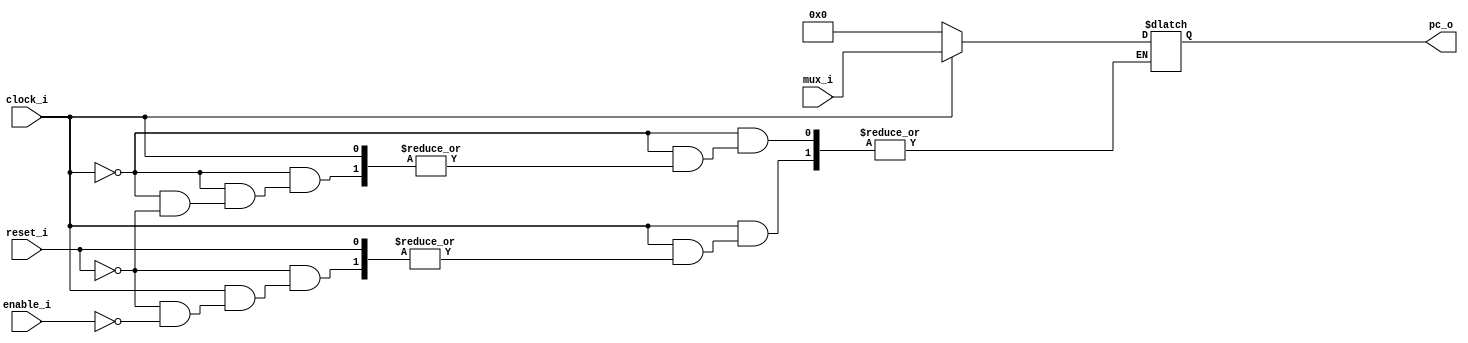
`timescale 10 ns / 10 ns
module PC
#(
	parameter MSB_ROM = 11,
	parameter LSB = 0
)
(
	enable_i, //Ativador
	clock_i, //clock
	mux_i,// sada do mux, entrada Pc
	reset_i,

	pc_o//Sada do PC
);
input wire enable_i;
input wire clock_i;
input wire reset_i;
input wire [(MSB_ROM-1):LSB] mux_i;

output reg [(MSB_ROM-1):LSB] pc_o;
initial
begin
	pc_o = 11'b0;
end
always @(clock_i)
begin
	if(clock_i == 1'b1)
	begin
		if(reset_i == 1'b0)
			if (enable_i == 1'b1)
			begin
				pc_o = mux_i;
			end 
	end
	else if(clock_i == 1'b0)
	begin
		if(reset_i == 1'b1)
			pc_o = 11'b0;
	end
end 
endmodule